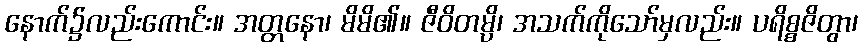
နောက်၌လည်းကောင်း။ အတ္တနော၊ မိမိ၏။ ဇီဝိတမ္ပိ၊ အသက်ကိုသော်မှလည်း။ ပရိစ္စဇိတွာ၊